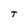
Character: T